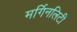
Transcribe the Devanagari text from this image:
मर्गिनलिटी